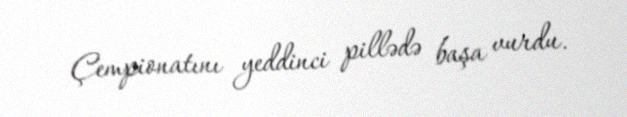
Çempionatını yeddinci pillədə başa vurdu.